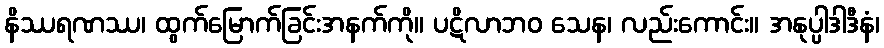
နိဿရဏဿ၊ ထွက်မြောက်ခြင်းအနက်ကို။ ပဋိလာဘဝ သေန၊ လည်းကောင်း။ အနုပ္ပါဒါဒီနံ၊